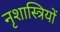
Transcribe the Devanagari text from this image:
नृशास्त्रियों